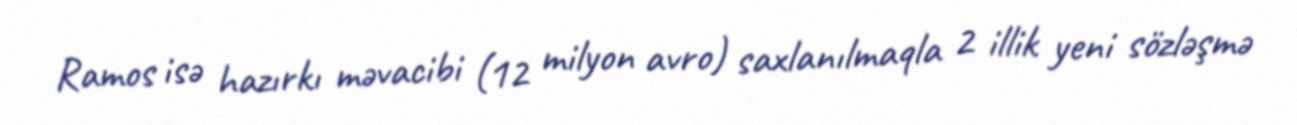
Ramos isə hazırkı məvacibi (12 milyon avro) saxlanılmaqla 2 illik yeni sözləşmə